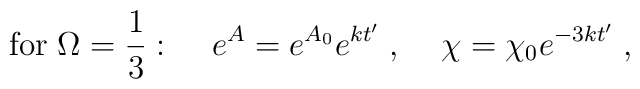
{\rm for} \; \Omega = \frac{1}{3}: \; \; \; \; e^A = e^{A_0} e^{k t'} \; , \; \; \; \; \chi = \chi_0 e^{- 3 k t'} \; ,